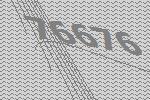
76676